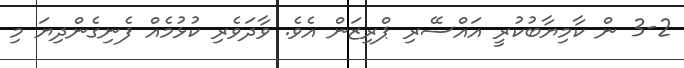
3-2 ން ކާމިޔާބުކުރީ އައްސޭރި ޕްރިޒަން އެވެ. ވާދަވެރި ކުޅުމެއް ފެނިގެންދިޔަ މި